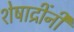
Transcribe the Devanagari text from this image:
शेषाद्रींनी